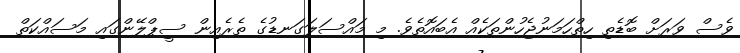
ވެސް ވަރަށް ބޮޑެތި ހިތްހަމަނުޖެހުންތަކެއް އެބައޮތެވެ. މި މައްސަލަގަނޑުގެ ތެރެއިން ސީޕްލޭންގައި މަސައްކަތް